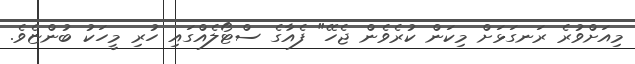
މިއަށްވުރެ ރަނގަޅަށް މިކަން ކުރެވެން ޖެހޭ" ފެއާގެ ސްޓޯލެއްގައި ހުރި މީހަކު ބުންޏެވެ.